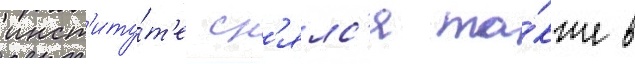
инст'иту́т'е сн'ялс'я та́кже в